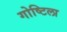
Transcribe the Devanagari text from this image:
गोष्टिला